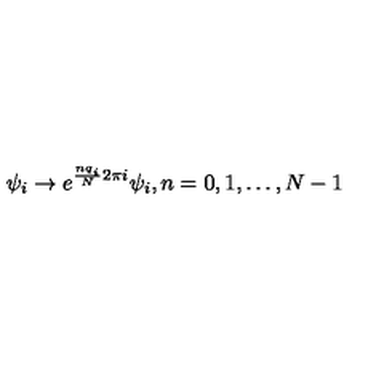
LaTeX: \psi _ { i } \to e ^ { \frac { n q _ { i } } { N } 2 \pi i } \psi _ { i } , n = 0 , 1 , \ldots , N - 1